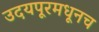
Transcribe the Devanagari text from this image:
उदयपूरमधूनच